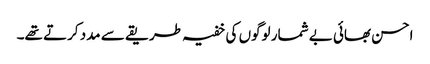
احسن بھائی بے شمار لوگوں کی خفیہ طریقے سے مدد کرتے تھے۔